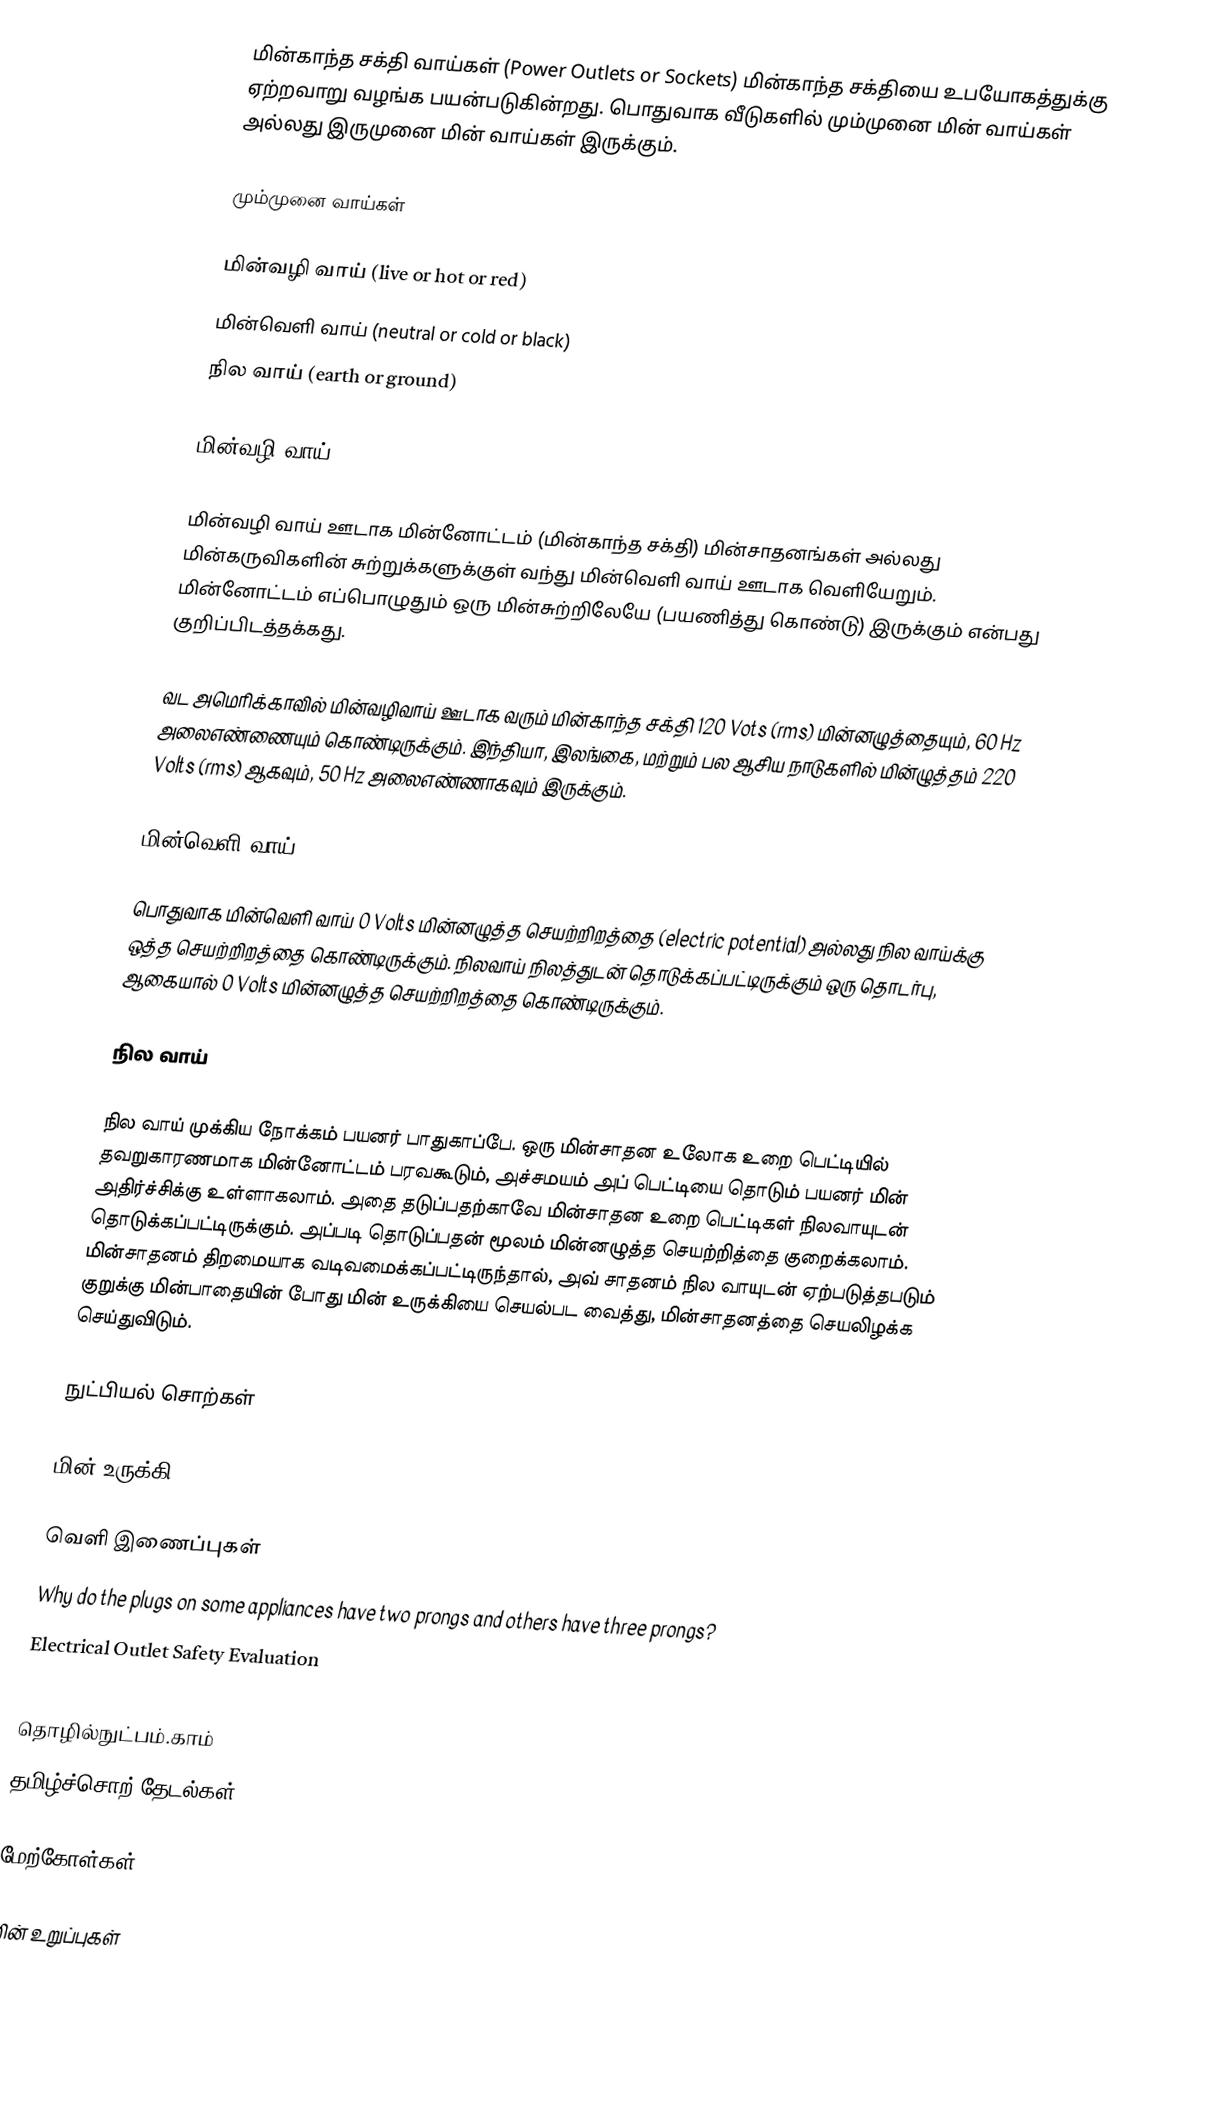
மின்காந்த சக்தி வாய்கள் (Power Outlets or Sockets) மின்காந்த சக்தியை உபயோகத்துக்கு ஏற்றவாறு வழங்க பயன்படுகின்றது.  பொதுவாக வீடுகளில் மும்முனை மின் வாய்கள் அல்லது இருமுனை மின் வாய்கள் இருக்கும்.

மும்முனை வாய்கள்

 மின்வழி வாய் (live or hot or red)
 மின்வெளி வாய் (neutral or cold or black)
 நில வாய் (earth or ground)

மின்வழி வாய்

மின்வழி வாய் ஊடாக மின்னோட்டம் (மின்காந்த சக்தி) மின்சாதனங்கள் அல்லது மின்கருவிகளின் சுற்றுக்களுக்குள் வந்து மின்வெளி வாய் ஊடாக வெளியேறும்.  மின்னோட்டம் எப்பொழுதும் ஒரு மின்சுற்றிலேயே (பயணித்து கொண்டு) இருக்கும் என்பது குறிப்பிடத்தக்கது.

வட அமெரிக்காவில் மின்வழிவாய் ஊடாக வரும் மின்காந்த சக்தி 120 Vots (rms) மின்னழுத்தையும், 60 Hz அலைஎண்ணையும் கொண்டிருக்கும்.  இந்தியா, இலங்கை, மற்றும் பல ஆசிய நாடுகளில் மின்ழுத்தம் 220 Volts (rms) ஆகவும், 50 Hz அலைஎண்ணாகவும் இருக்கும்.

மின்வெளி வாய்

பொதுவாக மின்வெளி வாய் 0 Volts மின்னழுத்த செயற்றிறத்தை (electric potential) அல்லது நில வாய்க்கு ஒத்த செயற்றிறத்தை கொண்டிருக்கும்.  நிலவாய் நிலத்துடன் தொடுக்கப்பட்டிருக்கும் ஒரு தொடர்பு, ஆகையால் 0 Volts மின்னழுத்த செயற்றிறத்தை கொண்டிருக்கும்.

நில வாய்

நில வாய் முக்கிய நோக்கம் பயனர் பாதுகாப்பே.  ஒரு மின்சாதன உலோக உறை பெட்டியில் தவறுகாரணமாக மின்னோட்டம் பரவகூடும், அச்சமயம் அப் பெட்டியை தொடும் பயனர் மின் அதிர்ச்சிக்கு உள்ளாகலாம்.  அதை தடுப்பதற்காவே மின்சாதன உறை பெட்டிகள் நிலவாயுடன் தொடுக்கப்பட்டிருக்கும்.  அப்படி தொடுப்பதன் மூலம் மின்னழுத்த செயற்றித்தை குறைக்கலாம்.  மின்சாதனம் திறமையாக வடிவமைக்கப்பட்டிருந்தால், அவ் சாதனம் நில வாயுடன் ஏற்படுத்தபடும் குறுக்கு மின்பாதையின் போது மின் உருக்கியை செயல்பட வைத்து, மின்சாதனத்தை செயலிழக்க செய்துவிடும்.

நுட்பியல் சொற்கள்

 மின் உருக்கி - Fuse

வெளி இணைப்புகள்
 Why do the plugs on some appliances have two prongs and others have three prongs?
 Electrical Outlet Safety Evaluation
 Household Wiring
 தொழில்நுட்பம்.காம்
 தமிழ்ச்சொற் தேடல்கள்

மேற்கோள்கள்

மின் உறுப்புகள்